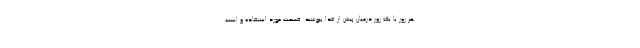
هر روز یا یک روز درمیان پیش از غذا بنوشید. قسمت مورد استفاده و است